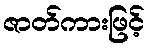
ဇာတ်ကားဖြင့်